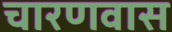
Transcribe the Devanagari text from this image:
चारणवास